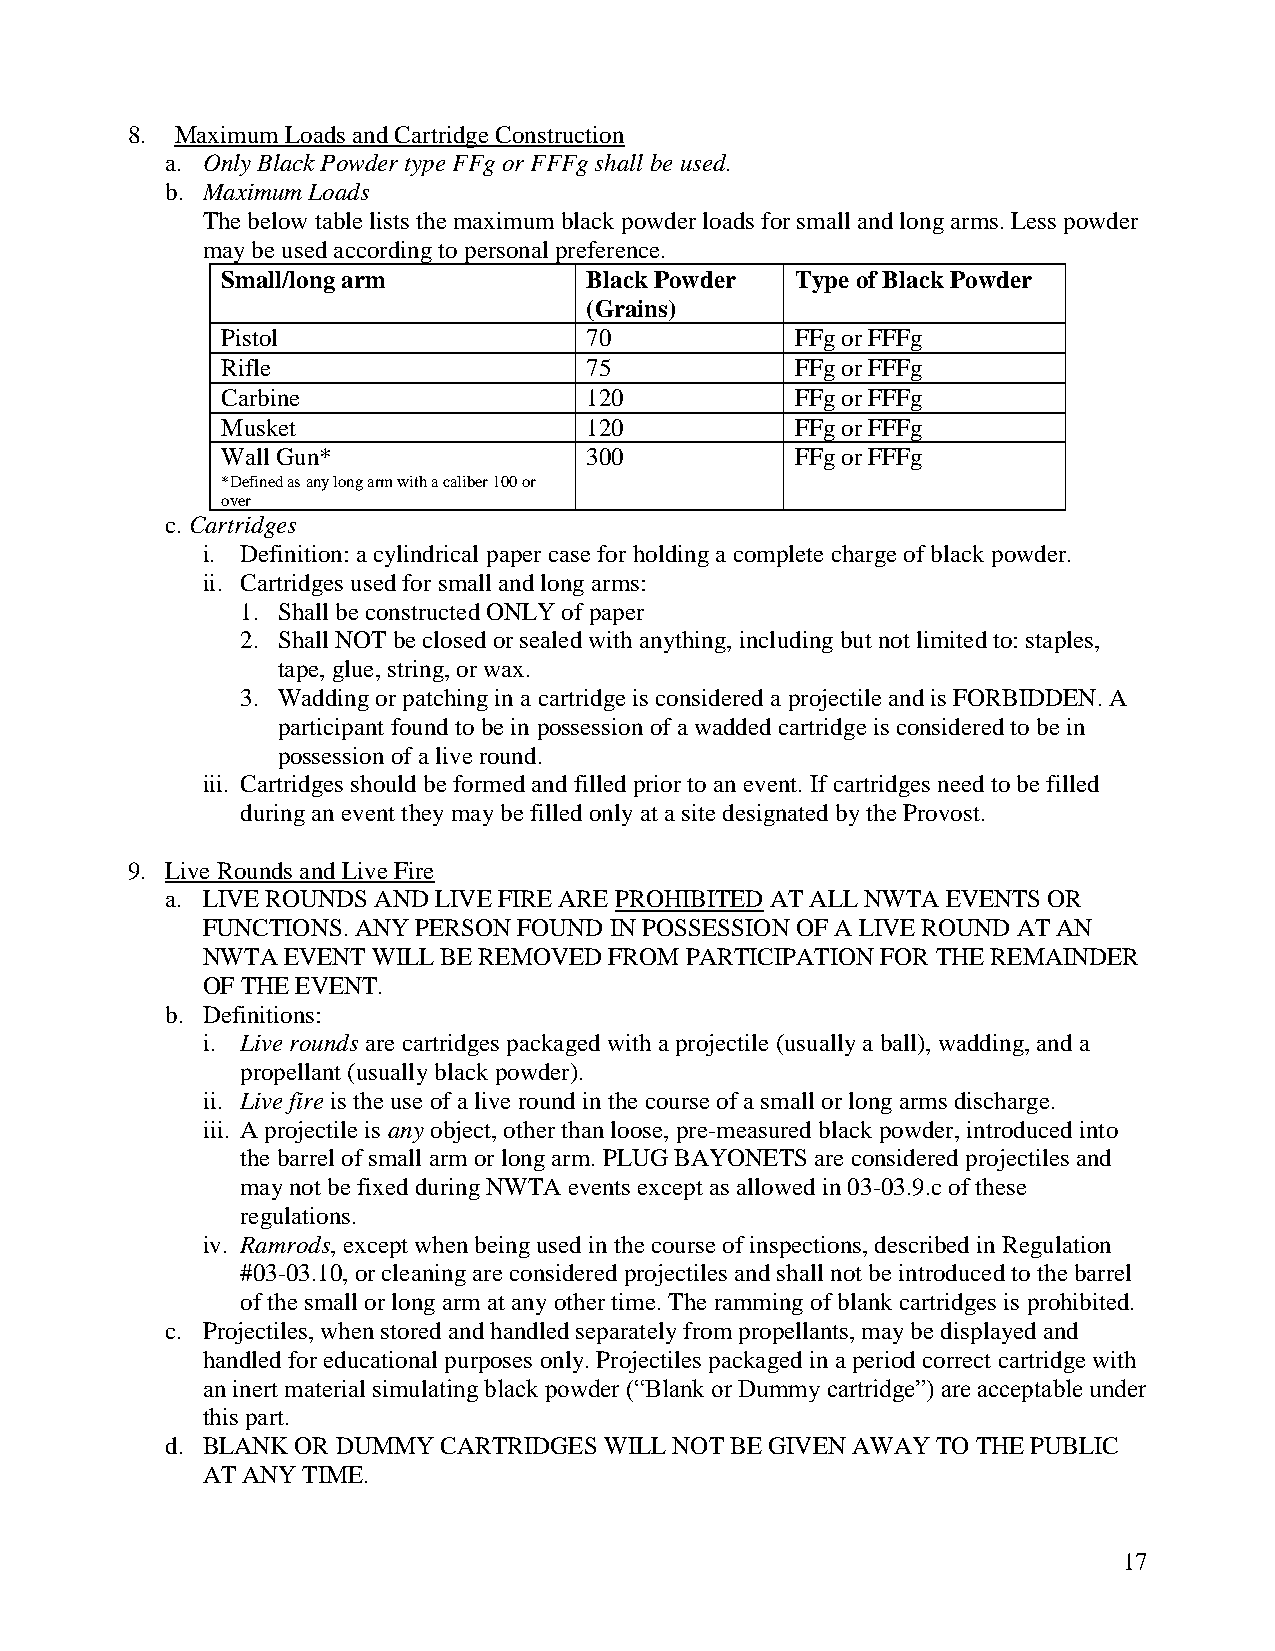
8.  Maximum Loads and Cartridge Construction
 a. Only Black Powder type FFg or FFFg shall be used.
 b. Maximum Loads
 The below table lists the maximum black powder loads for small and long arms. Less powder
 may be used according to personal preference.
 Small/long arm          Black Powder  Type of Black Powder
 (Grains)
 Pistol                  70            FFg or FFFg
 Rifle                   75            FFg or FFFg
 Carbine                 120           FFg or FFFg
 Musket                  120           FFg or FFFg
 Wall Gun*               300           FFg or FFFg
 *Defined as any long arm with a caliber 100 or
 over
 c. Cartridges
 i. Definition: a cylindrical paper case for holding a complete charge of black powder.
 ii. Cartridges used for small and long arms:
 1. Shall be constructed ONLY of paper
 2. Shall NOT be closed or sealed with anything, including but not limited to: staples,
 tape, glue, string, or wax.
 3. Wadding or patching in a cartridge is considered a projectile and is FORBIDDEN. A
 participant found to be in possession of a wadded cartridge is considered to be in
 possession of a live round.
 iii. Cartridges should be formed and filled prior to an event. If cartridges need to be filled
 during an event they may be filled only at a site designated by the Provost.
 9. Live Rounds and Live Fire
 a. LIVE ROUNDS AND LIVE FIRE ARE PROHIBITED AT ALL NWTA EVENTS OR
 FUNCTIONS. ANY PERSON FOUND IN POSSESSION OF A LIVE ROUND AT AN
 NWTA  EVENT WILL BE REMOVED FROM PARTICIPATION FOR THE REMAINDER
 OF THE EVENT.
 b. Definitions:
 i. Live rounds are cartridges packaged with a projectile (usually a ball), wadding, and a
 propellant (usually black powder).
 ii. Live fire is the use of a live round in the course of a small or long arms discharge.
 iii. A projectile is any object, other than loose, pre-measured black powder, introduced into
 the barrel of small arm or long arm. PLUG BAYONETS are considered projectiles and
 may not be fixed during NWTA events except as allowed in 03-03.9.c of these
 regulations.
 iv. Ramrods, except when being used in the course of inspections, described in Regulation
 #03-03.10, or cleaning are considered projectiles and shall not be introduced to the barrel
 of the small or long arm at any other time. The ramming of blank cartridges is prohibited.
 c. Projectiles, when stored and handled separately from propellants, may be displayed and
 handled for educational purposes only. Projectiles packaged in a period correct cartridge with
 an inert material simulating black powder (“Blank or Dummy cartridge”) are acceptable under
 this part.
 d. BLANK OR DUMMY CARTRIDGES WILL NOT BE GIVEN AWAY TO THE PUBLIC
 AT ANY TIME.
 17